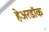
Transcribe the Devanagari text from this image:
हेअरडॉक